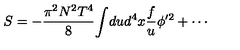
S = - { \frac { \pi ^ { 2 } N ^ { 2 } T ^ { 4 } } { 8 } } \! \int \! d u d ^ { 4 } x { \frac { f } { u } } \phi ^ { \prime 2 } + \cdots